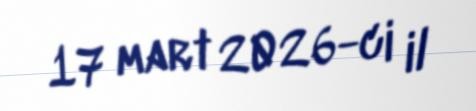
17 mart 2026-ci il